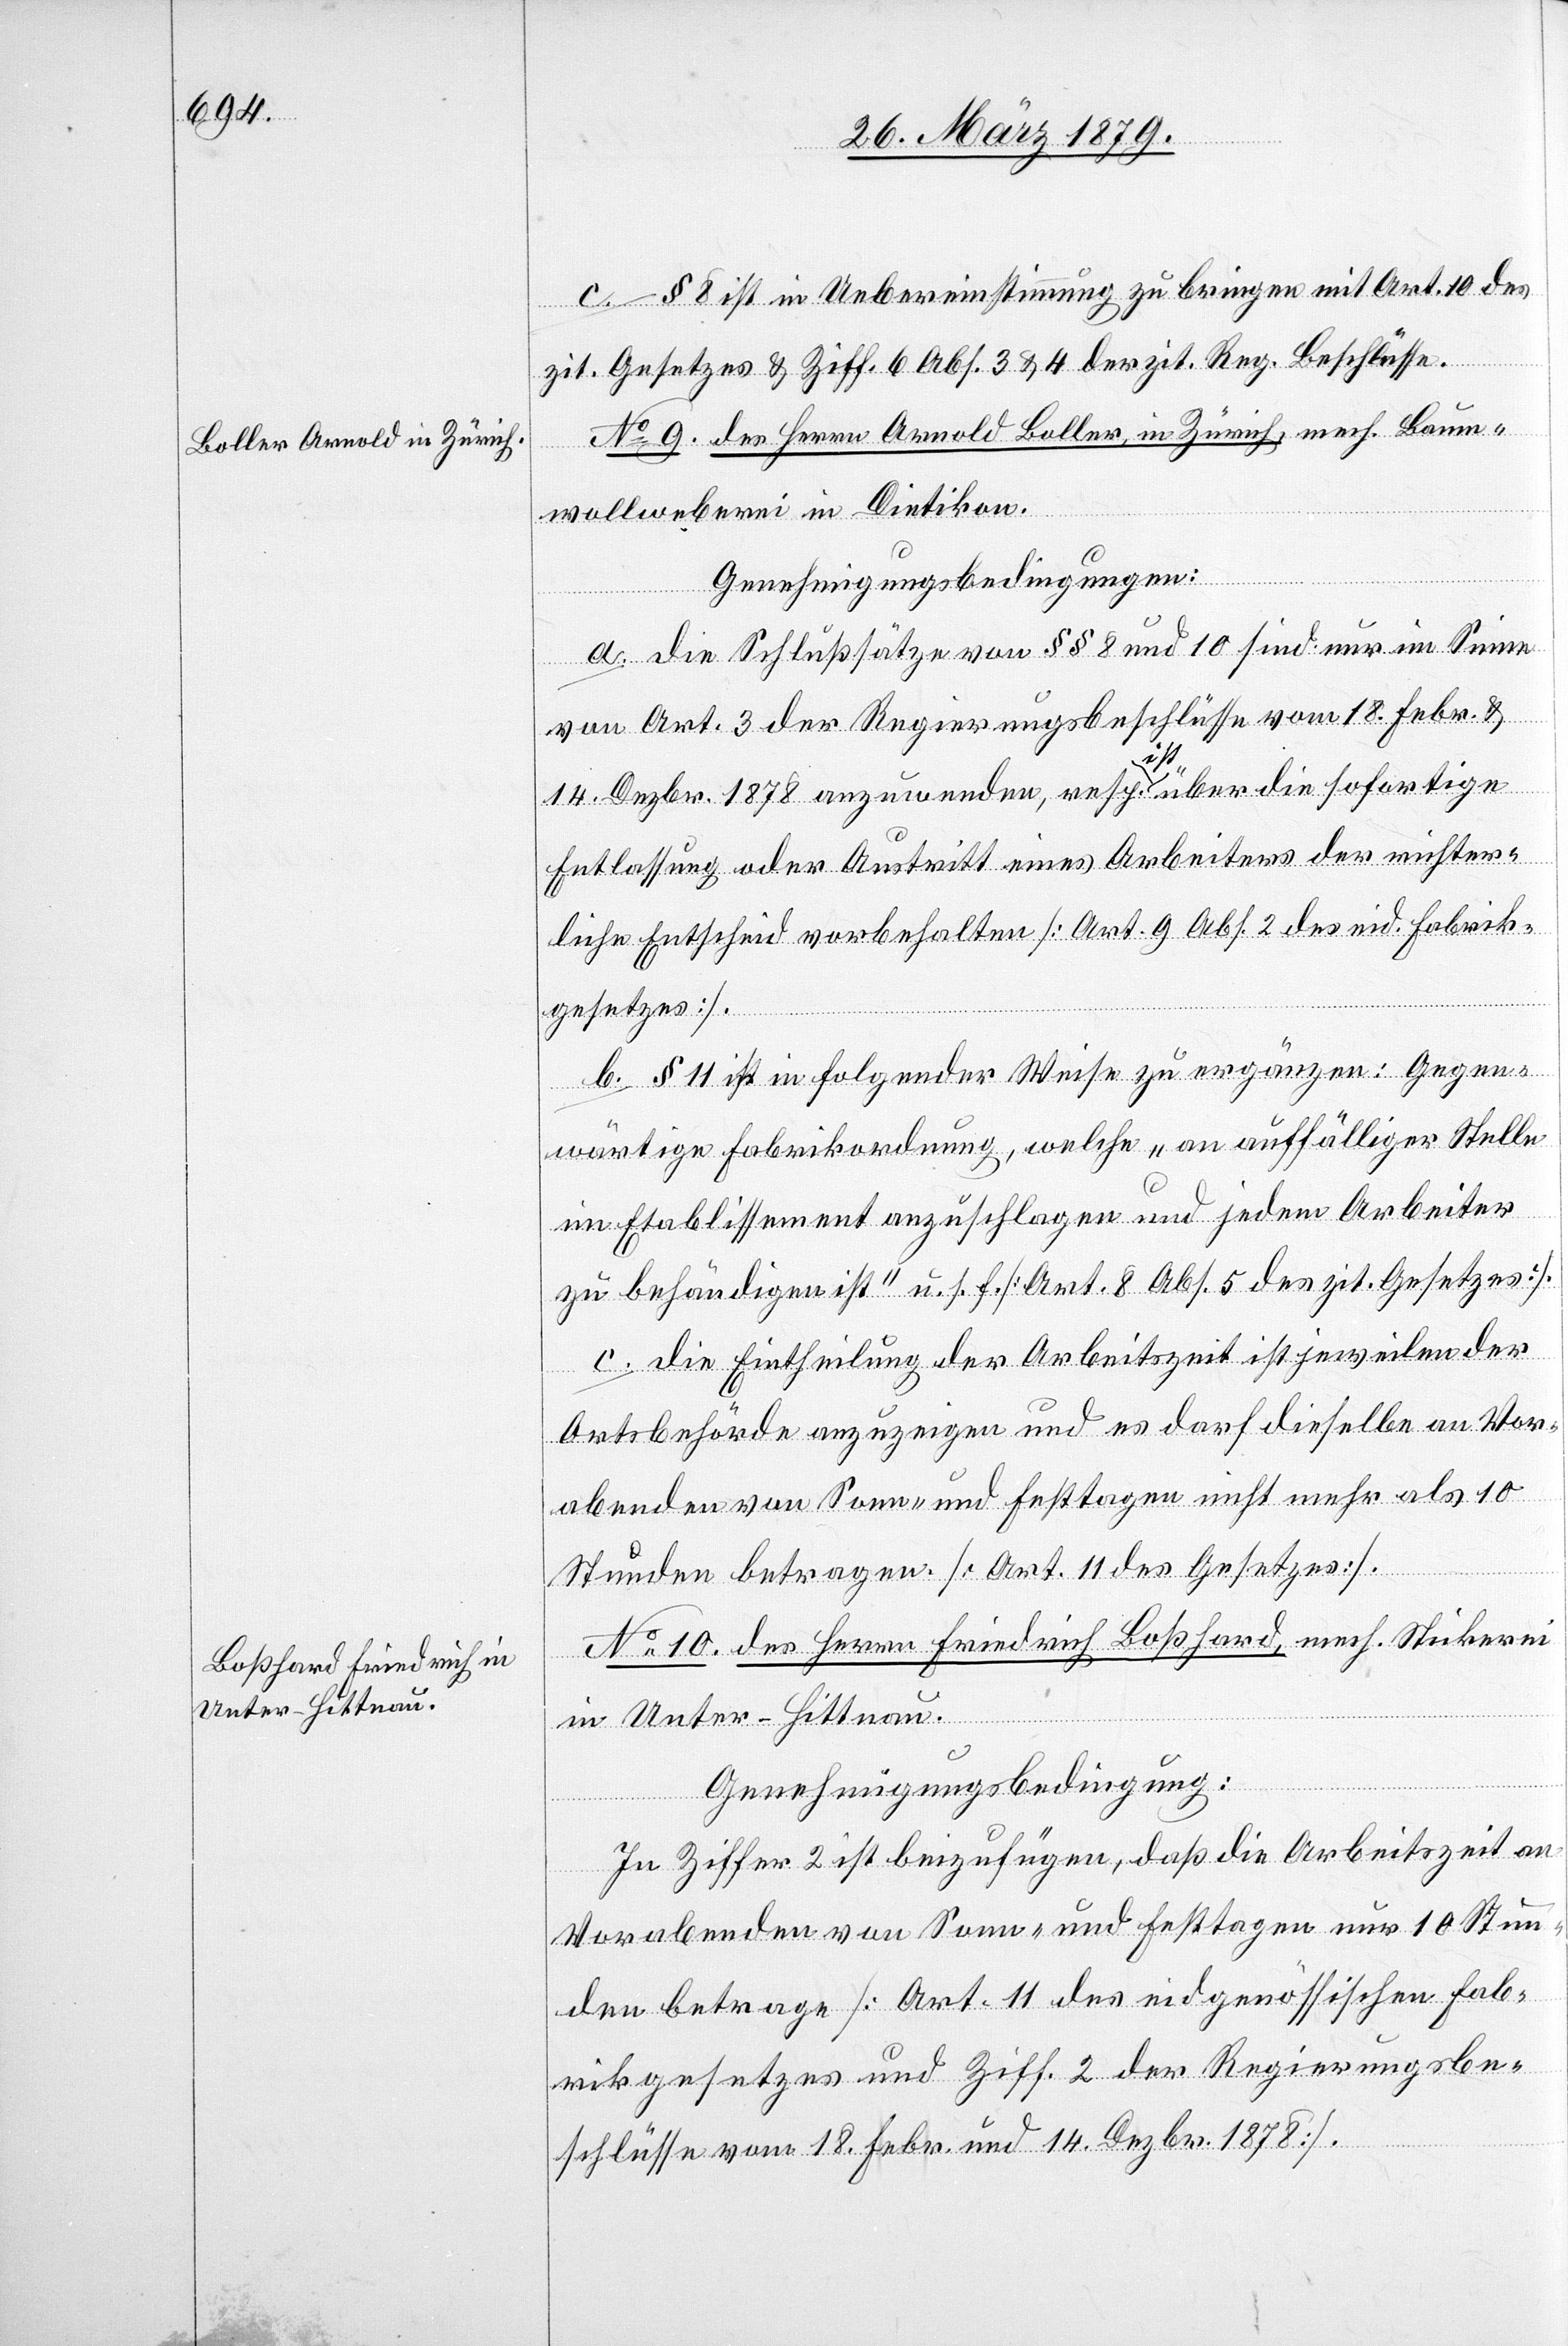
No 9. des Herrn Arnold Boller, in Zürich, mech. Baum¬
wollweberei in Dietikon.
Genehmigungsbedingungen:
a. Die Schlußsätze von §§ 8 und 10 sind nur im Sinne
von Art. 3 der Regierungsbeschlüsse vom 18. Febr. &
14. Dezbr. 1878 anzuwenden, resp. ist über die sofortige
Entlassung oder Austritt eines Arbeiters der richter¬
liche Entscheid vorbehalten [Art. 9 Abs. 2 des eid. Fabrik¬
gesetzes].
b. § 11 ist in folgender Weise zu ergänzen: Gegen¬
wärtige Fabrikordnung, welche „an auffälliger Stelle
im Etablissement anzuschlagen und jedem Arbeiter
zu behändigen ist“ u. s. f. [Art. 8 Abs. 5 des zit. Gesetzes].
c. Die Eintheilung der Arbeitszeit ist jeweilen der
Ortsbehörde anzuzeigen und es darf dieselbe an Vor¬
abenden von Sonn- und Festtagen nicht mehr als 10
Stunden betragen [Art. 11 des Gesetzes].
No 10. des Herrn Friedrich Boßhard, mech Stickerei
in Unter-Hittnau.
Genehmigungsbedingung:
In Ziffer 2 ist beizufügen, daß die Arbeitszeit an
Vorabenden von Sonn- und Festtagen nur 10 Stun¬
den betrage [Art. 11 des eidgenössischen Fab¬
rikgesetzes und Ziff. 2 der Regierungsbe¬
schlüsse vom 18. Febr. und 14. Dezbr. 1878].